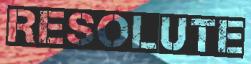
RESOLUTE